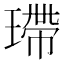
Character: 𤨮